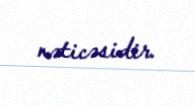
nəticəsidir.